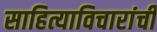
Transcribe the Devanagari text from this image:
साहित्याविचारांची